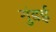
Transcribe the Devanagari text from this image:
गुंडई